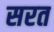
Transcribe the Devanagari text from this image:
सरत